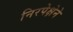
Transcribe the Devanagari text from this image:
निरपेक्षेने